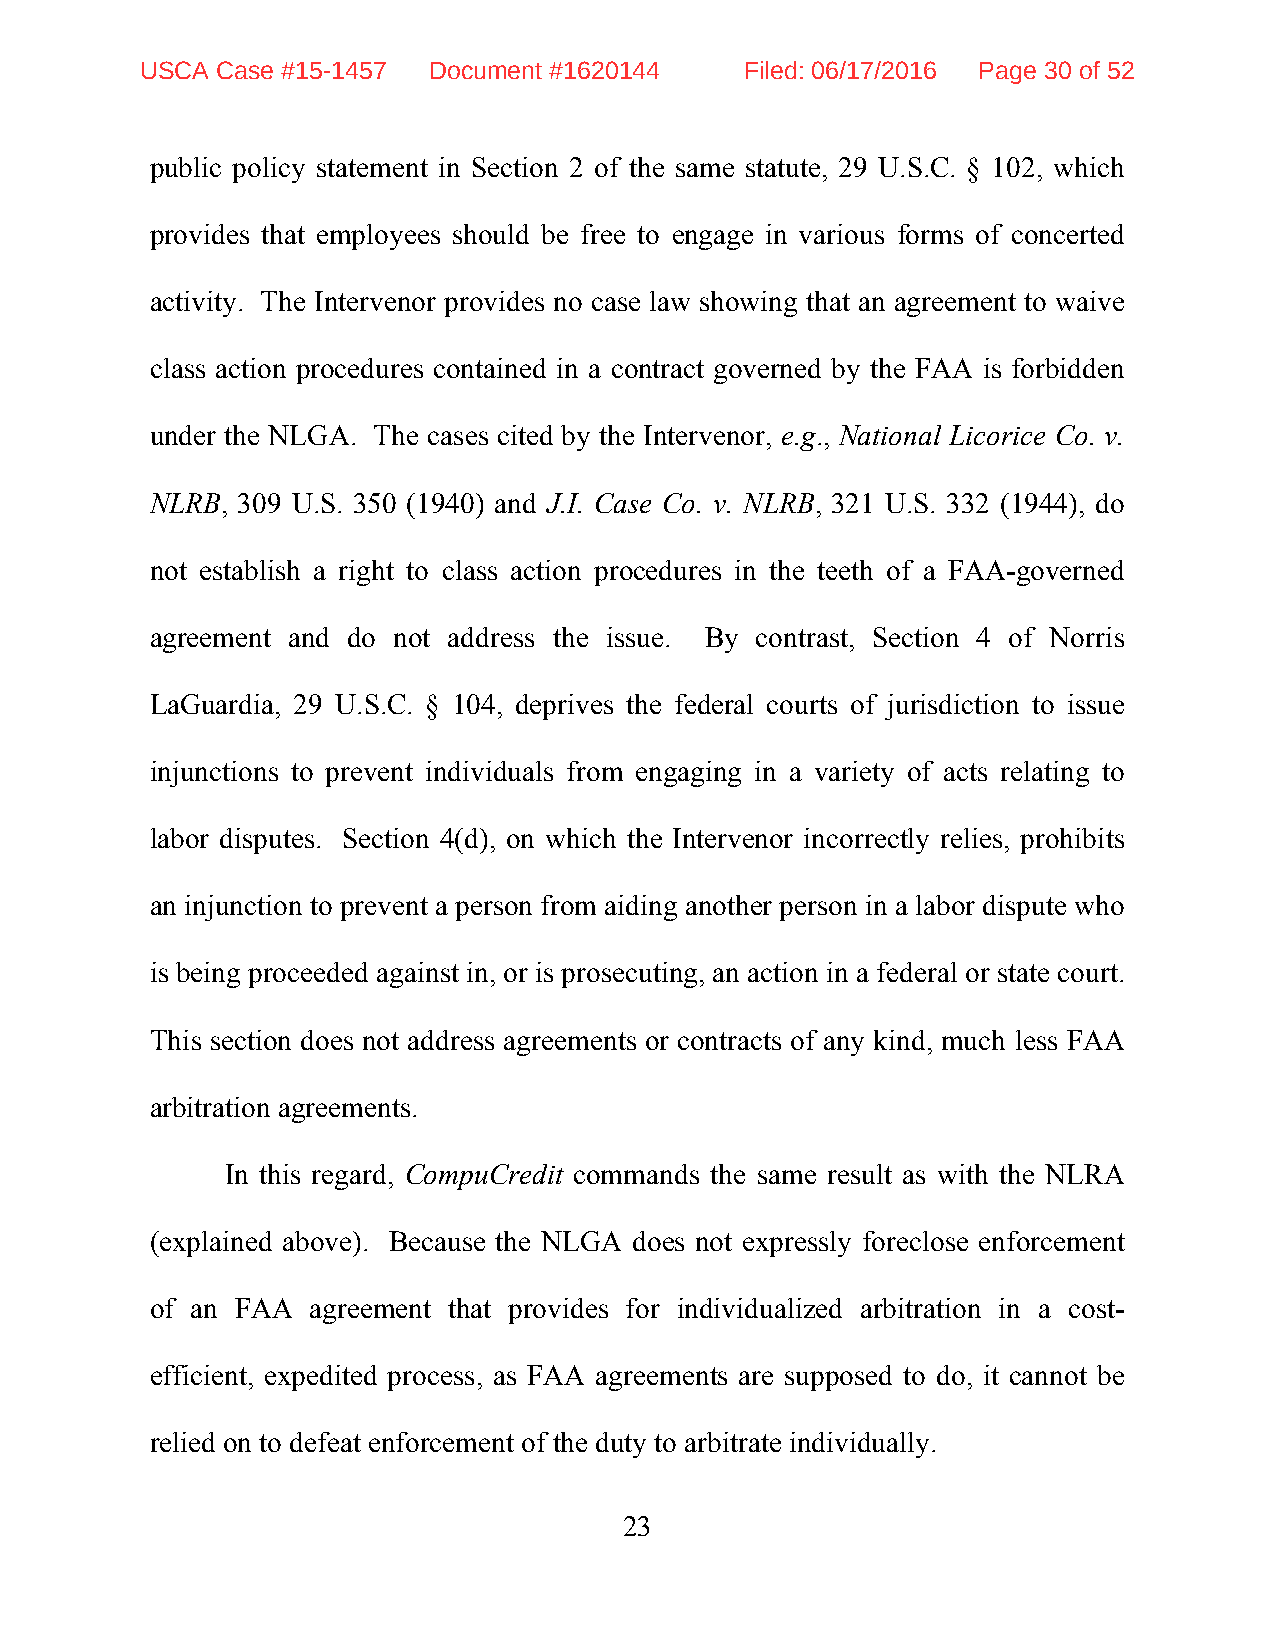
USCA Case #15-1457 Document #1620144    Filed: 06/17/2016 Page 30 of 52
 public policy statement in Section 2 of the same statute, 29 U.S.C. § 102, which
 provides that employees should be free to engage in various forms of concerted
 activity. The Intervenor provides no case law showing that an agreement to waive
 class action procedures contained in a contract governed by the FAA is forbidden
 under the NLGA. The cases cited by the Intervenor, e.g., National Licorice Co. v.
 NLRB, 309 U.S. 350 (1940) and J.I. Case Co. v. NLRB, 321 U.S. 332 (1944), do
 not establish a right to class action procedures in the teeth of a FAA-governed
 agreement and do not address the issue. By contrast, Section 4 of Norris
 LaGuardia, 29 U.S.C. § 104, deprives the federal courts of jurisdiction to issue
 injunctions to prevent individuals from engaging in a variety of acts relating to
 labor disputes. Section 4(d), on which the Intervenor incorrectly relies, prohibits
 an injunction to prevent a person from aiding another person in a labor dispute who
 is being proceeded against in, or is prosecuting, an action in a federal or state court.
 This section does not address agreements or contracts of any kind, much less FAA
 arbitration agreements.
 In this regard, CompuCredit commands the same result as with the NLRA
 (explained above). Because the NLGA does not expressly foreclose enforcement
 of an FAA  agreement that provides for individualized arbitration in a cost-
 efficient, expedited process, as FAA agreements are supposed to do, it cannot be
 relied on to defeat enforcement of the duty to arbitrate individually.
 23